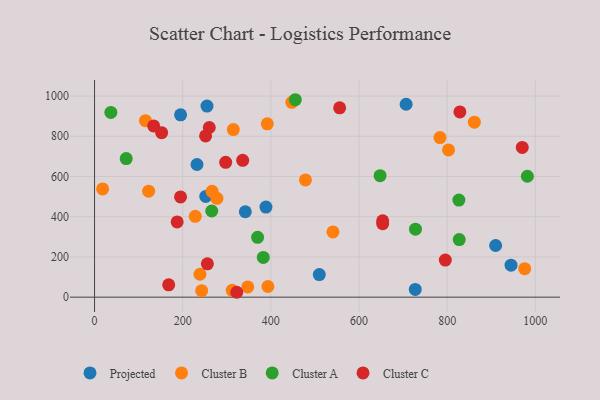
{"axis": {"x": "Price", "y": "Rating"}, "legend": ["Cluster A", "Cluster B", "Cluster C", "Projected"], "data": [{"x": "255.1", "y": 950.3, "type": "Projected"}, {"x": "727.6", "y": 38.6, "type": "Projected"}, {"x": "509.9", "y": 112.5, "type": "Projected"}, {"x": "252.3", "y": 500.8, "type": "Projected"}, {"x": "944.9", "y": 159.2, "type": "Projected"}, {"x": "706.9", "y": 959.1, "type": "Projected"}, {"x": "342.0", "y": 424.6, "type": "Projected"}, {"x": "232.4", "y": 659.6, "type": "Projected"}, {"x": "388.9", "y": 447.9, "type": "Projected"}, {"x": "910.0", "y": 256.9, "type": "Projected"}, {"x": "195.2", "y": 906.5, "type": "Projected"}, {"x": "18.3", "y": 538.1, "type": "Cluster B"}, {"x": "447.6", "y": 968.9, "type": "Cluster B"}, {"x": "347.6", "y": 50.9, "type": "Cluster B"}, {"x": "478.5", "y": 583.0, "type": "Cluster B"}, {"x": "122.6", "y": 527.1, "type": "Cluster B"}, {"x": "277.7", "y": 491.5, "type": "Cluster B"}, {"x": "266.6", "y": 526.2, "type": "Cluster B"}, {"x": "975.9", "y": 141.4, "type": "Cluster B"}, {"x": "861.7", "y": 870.0, "type": "Cluster B"}, {"x": "803.1", "y": 732.0, "type": "Cluster B"}, {"x": "391.9", "y": 862.1, "type": "Cluster B"}, {"x": "312.2", "y": 34.0, "type": "Cluster B"}, {"x": "314.8", "y": 833.2, "type": "Cluster B"}, {"x": "243.0", "y": 32.2, "type": "Cluster B"}, {"x": "228.5", "y": 402.1, "type": "Cluster B"}, {"x": "783.7", "y": 793.5, "type": "Cluster B"}, {"x": "239.1", "y": 113.8, "type": "Cluster B"}, {"x": "393.3", "y": 52.9, "type": "Cluster B"}, {"x": "540.9", "y": 324.3, "type": "Cluster B"}, {"x": "115.5", "y": 877.4, "type": "Cluster B"}, {"x": "455.5", "y": 981.7, "type": "Cluster A"}, {"x": "728.1", "y": 338.2, "type": "Cluster A"}, {"x": "647.8", "y": 604.1, "type": "Cluster A"}, {"x": "982.0", "y": 601.1, "type": "Cluster A"}, {"x": "37.0", "y": 918.6, "type": "Cluster A"}, {"x": "827.4", "y": 286.1, "type": "Cluster A"}, {"x": "71.8", "y": 689.3, "type": "Cluster A"}, {"x": "382.8", "y": 197.4, "type": "Cluster A"}, {"x": "265.9", "y": 428.3, "type": "Cluster A"}, {"x": "826.6", "y": 482.9, "type": "Cluster A"}, {"x": "369.9", "y": 297.7, "type": "Cluster A"}, {"x": "134.1", "y": 851.3, "type": "Cluster C"}, {"x": "297.5", "y": 670.3, "type": "Cluster C"}, {"x": "556.1", "y": 941.4, "type": "Cluster C"}, {"x": "336.1", "y": 680.6, "type": "Cluster C"}, {"x": "828.9", "y": 920.8, "type": "Cluster C"}, {"x": "195.1", "y": 498.5, "type": "Cluster C"}, {"x": "251.9", "y": 801.5, "type": "Cluster C"}, {"x": "653.7", "y": 365.4, "type": "Cluster C"}, {"x": "322.6", "y": 24.3, "type": "Cluster C"}, {"x": "260.3", "y": 843.5, "type": "Cluster C"}, {"x": "795.8", "y": 184.6, "type": "Cluster C"}, {"x": "152.2", "y": 817.8, "type": "Cluster C"}, {"x": "653.7", "y": 379.8, "type": "Cluster C"}, {"x": "256.0", "y": 165.8, "type": "Cluster C"}, {"x": "970.4", "y": 744.6, "type": "Cluster C"}, {"x": "168.2", "y": 61.5, "type": "Cluster C"}, {"x": "187.4", "y": 374.2, "type": "Cluster C"}]}